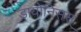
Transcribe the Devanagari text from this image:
डायोनिसस्